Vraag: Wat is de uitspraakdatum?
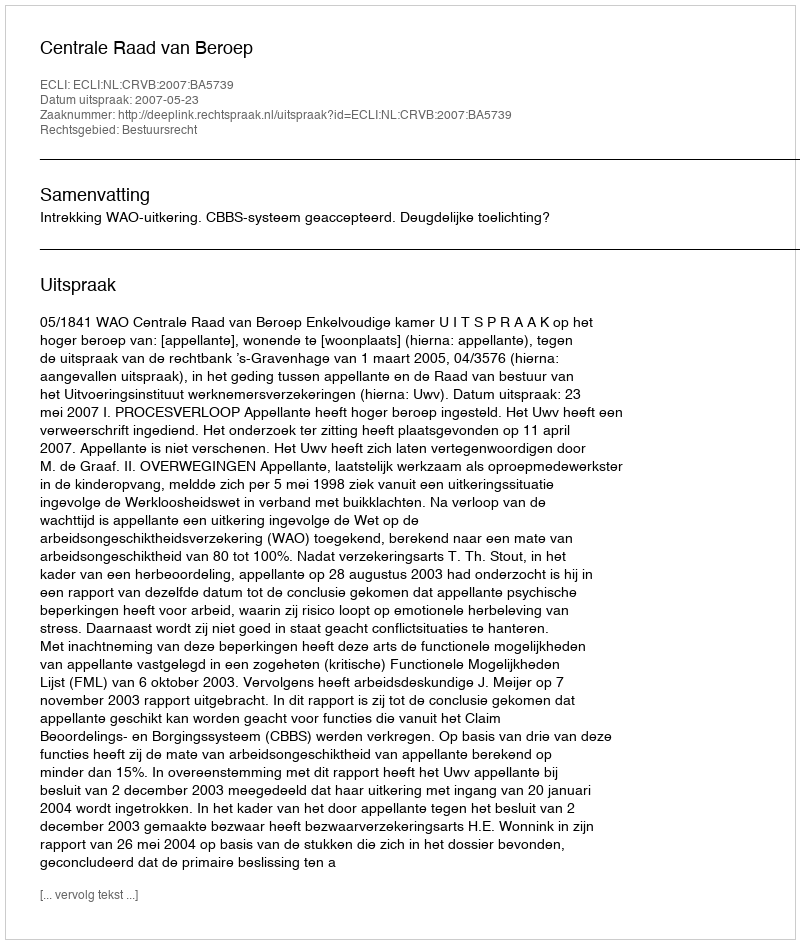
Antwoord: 2007-05-23